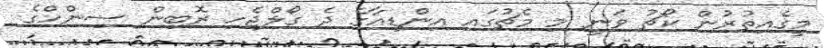
މީގެއިތުރުން ކޯޗު ވަނީ މި މެޗުގައި އިންޑިއާގެ ދެ ގޯލްޖެހި ރޮބިން ސިންހްގެ